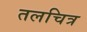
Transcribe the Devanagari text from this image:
तलचित्र